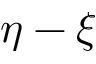
\eta - \xi